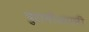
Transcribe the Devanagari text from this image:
पुरानीअपनी